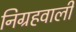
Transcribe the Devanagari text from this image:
निग्रहवाली